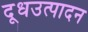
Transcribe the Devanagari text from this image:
दूधउत्पादन